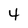
Character: 4